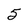
Character: 5